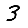
Digit: 3